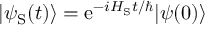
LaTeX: | \psi _ { \mathrm { S } } ( t ) \rangle = { \mathrm { e } } ^ { - i H _ { \mathrm { S } } t / \hbar } | \psi ( 0 ) \rangle